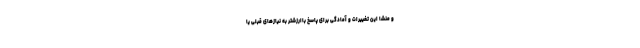
و منشا این تغییرات و آمادگی برای پاسخ باارزشتر به نیازهای قبلی یا